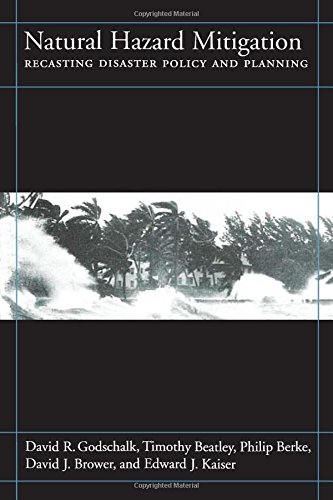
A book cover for Natural Hazard Mitigation: Recasting Disaster Policy And Planning; David Godschalk; Science & Math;